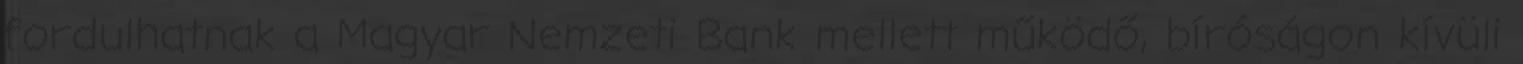
fordulhatnak a Magyar Nemzeti Bank mellett működő, bíróságon kívüli